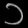
Digit: ၁